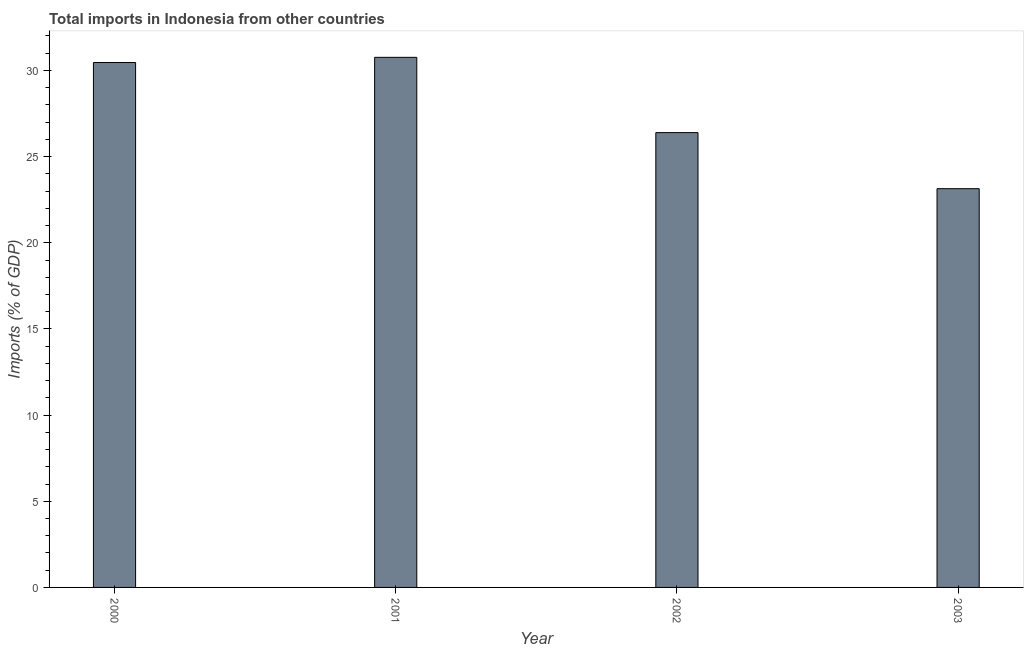
| Year | Imports |
 | --- | --- |
 | 2000 | 30.5 |
 | 2001 | 30.8 |
 | 2002 | 26.4 |
 | 2003 | 23.1 |